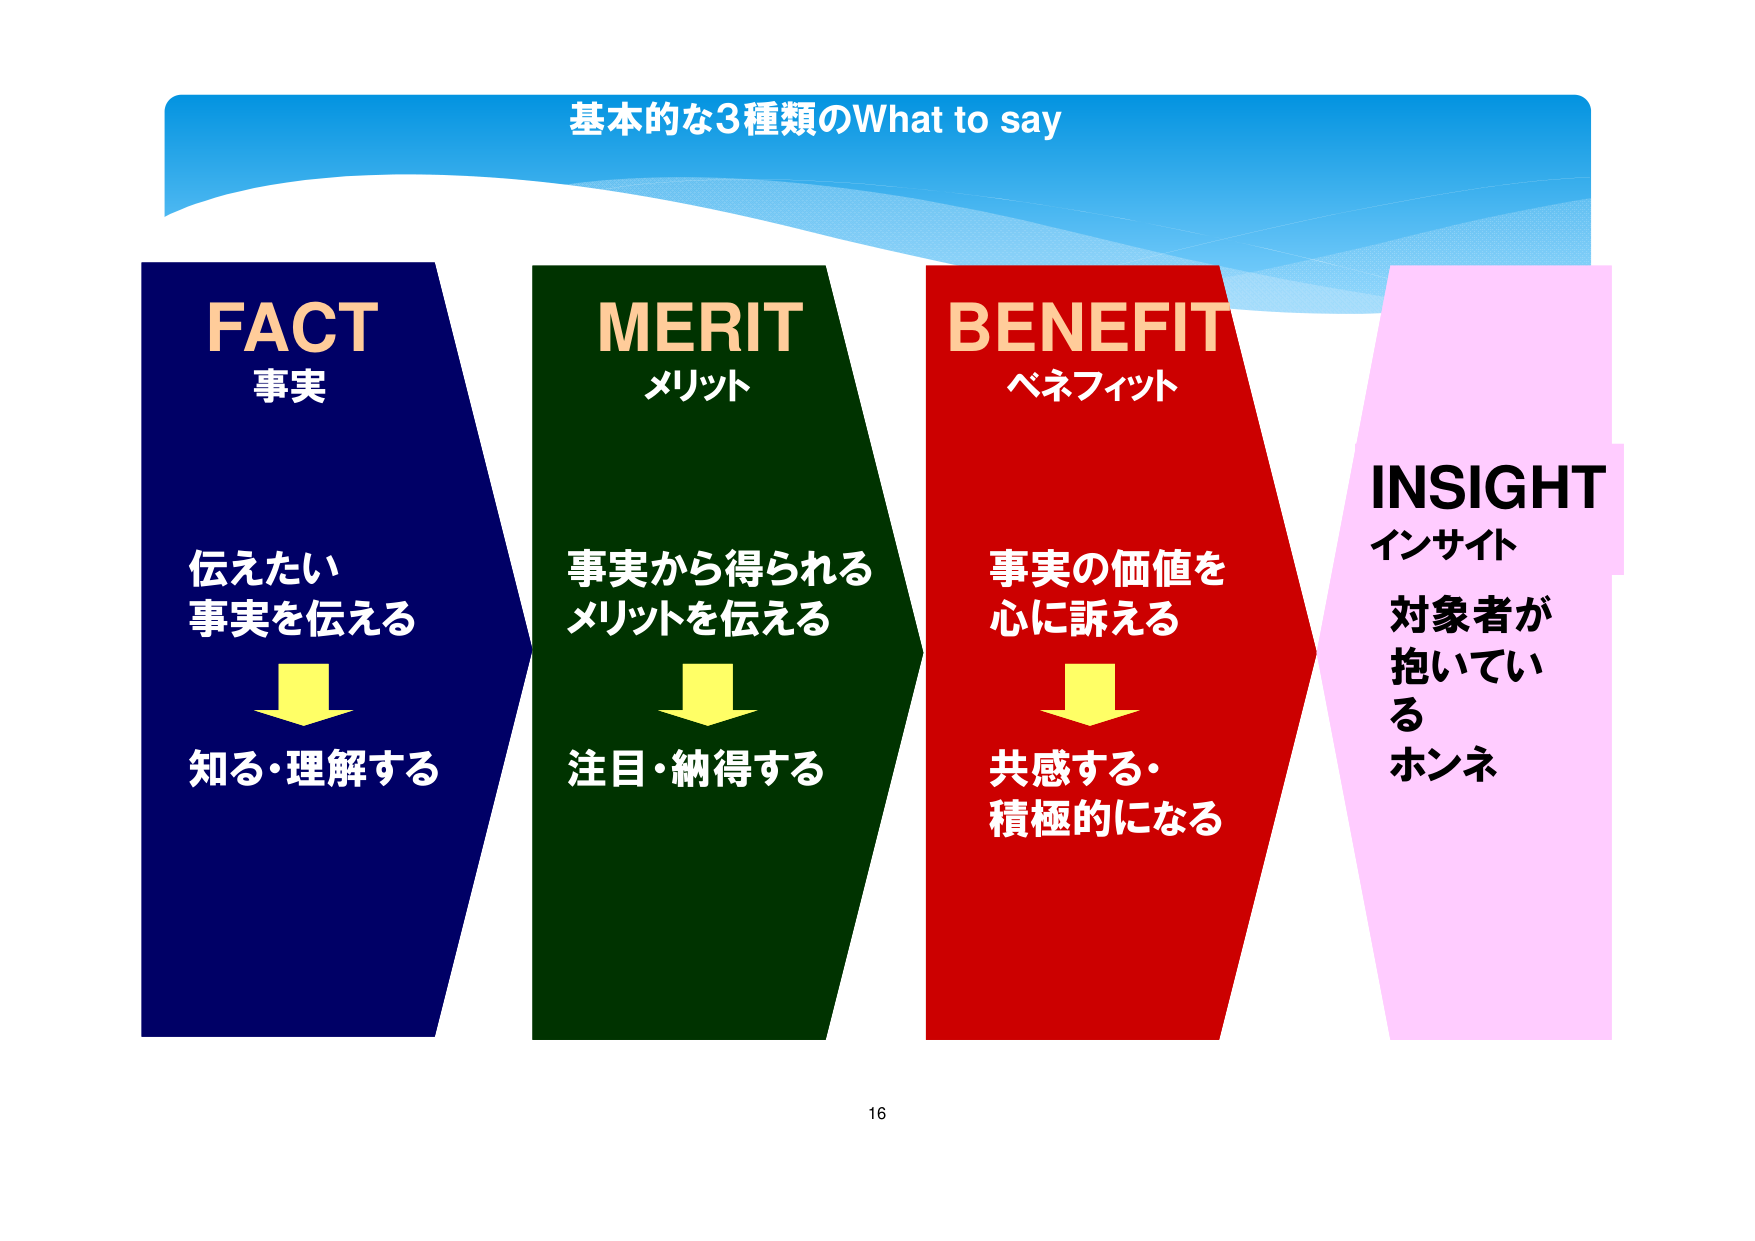
基本的な3種類のWhat to say

FACT
事実
伝えたい
事実を伝える
↓
知る・理解する

MERIT
メリット
事実から得られる
メリットを伝える
↓
注目・納得する

BENEFIT
ベネフィット
事実の価値を
心に訴える
↓
共感する・
積極的になる

INSIGHT
インサイト
対象者が
抱いてい
る
ホンネ

16